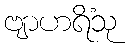
ဗျာဟရိံသု